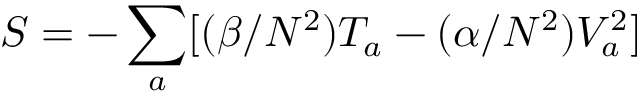
S = - \sum _ { a } [ ( \beta / N ^ { 2 } ) T _ { a } - ( \alpha / N ^ { 2 } ) V _ { a } ^ { 2 } ]